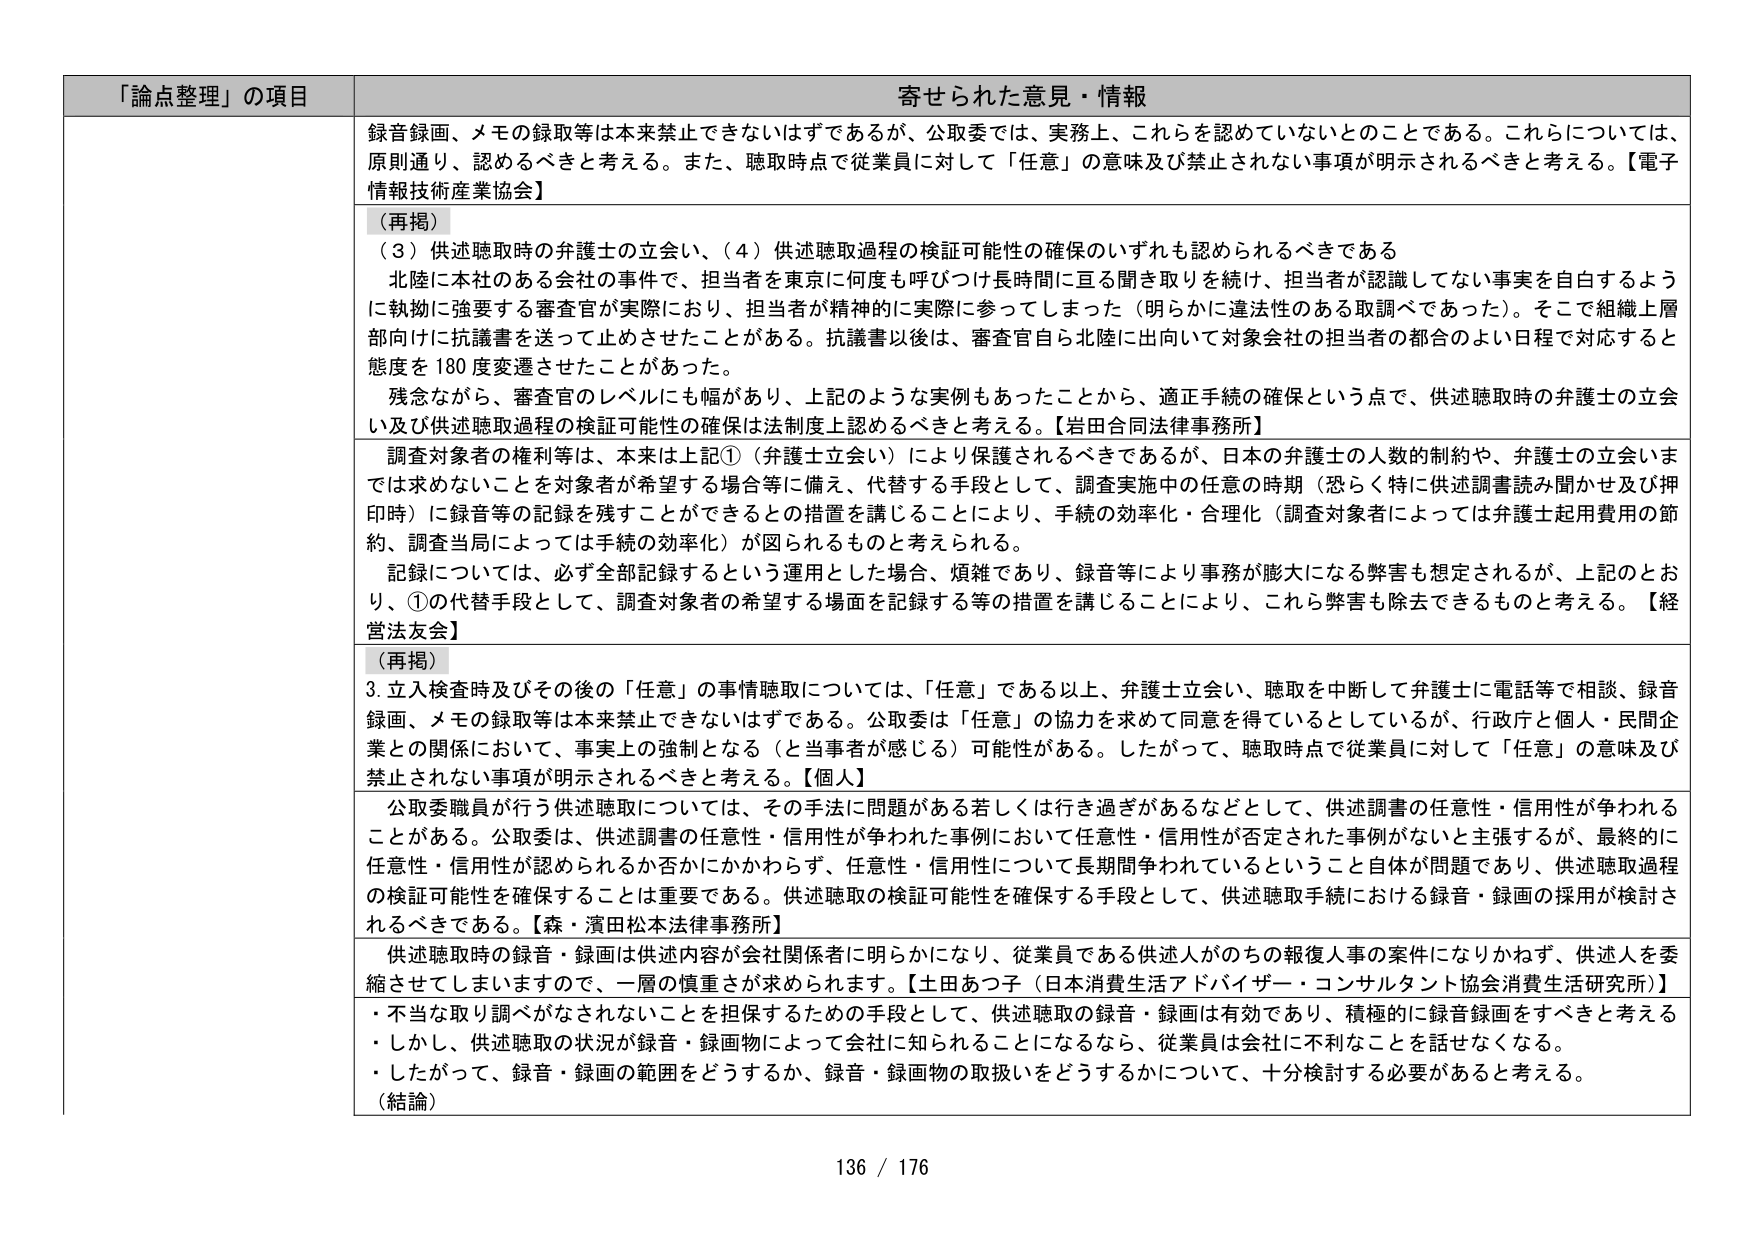
「論点整理」の項目 寄せられた意見・情報
録音録画、メモの録取等は本来禁止できないはずであるが、公取委では、実務上、これらを認めていないとのことである。これらについては、原則通り、認めるべきと考える。また、聴取時点で従業員に対して「任意」の意味及び禁止されない事項が明示されるべきと考える。【電子情報技術産業協会】
（再掲）
（3）供述聴取時の弁護士の立会い、（4）供述聴取過程の検証可能性の確保のいずれも認められるべきである
北陸に本社のある会社の事件で、担当者を東京に何度も呼びつけ長時間に亘る聞き取りを続け、担当者が認識してない事実を自白するように執拗に強要する審査官が実際により、担当者が精神的に実際に参ってしまった（明らかに違法性のある取調べであった）。そこで組織上層部向けに抗議書を送って止めさせたことがある。抗議書以後は、審査官自ら北陸に出向いて対象会社の担当者の都合のよい日程で対応すると態度を180度変遷させたことがあった。
残念ながら、審査官のレベルにも幅があり、上記のような実例もあったことから、適正手続の確保という点で、供述聴取時の弁護士の立会い及び供述聴取過程の検証可能性の確保は法制度上認めるべきと考える。【岩田合同法律事務所】
調査対象者の権利等は、本来は上記①（弁護士立会い）により保護されるべきであるが、日本の弁護士の人数的制約や、弁護士の立会いまでは求めないことを対象者が希望する場合等に備え、代替する手段として、調査実施中の任意の時期（恐らく特に供述調書読み聞かせ及び押印時）に録音等の記録を残すことができるとの措置を講じることにより、手続の効率化・合理化（調査対象者によっては弁護士起用費用の節約、調査当局によっては手続の効率化）が図られるものと考えられる。
記録については、必ず全部記録するという運用とした場合、煩雑であり、録音等により事務が膨大になる弊害も想定されるが、上記のとおり、①の代替手段として、調査対象者の希望する場面を記録する等の措置を講じることにより、これら弊害も除去できるものと考える。【経営法友会】
（再掲）
3. 立入検査時及びその後の「任意」の事情聴取については、「任意」である以上、弁護士立会い、聴取を中断して弁護士に電話等で相談、録音録画、メモの録取等は本来禁止できないはずである。公取委は「任意」の協力を求めて同意を得ているとしているが、行政庁と個人・民間企業との関係において、事実上の強制となる（と当事者が感じる）可能性がある。したがって、聴取時点で従業員に対して「任意」の意味及び禁止されない事項が明示されるべきと考える。【個人】
公取委職員が行う供述聴取については、その手法に問題がある若しくは行き過ぎがあるなどとして、供述調書の任意性・信用性が争われることがある。公取委は、供述調書の任意性・信用性が争われた事例において任意性・信用性が否定された事例がないと主張するが、最終的に任意性・信用性が認められるか否かにかかわらず、任意性・信用性について長期間争われているということ自体が問題であり、供述聴取過程の検証可能性を確保することは重要である。供述聴取の検証可能性を確保する手段として、供述聴取手続における録音・録画の採用が検討されるべきである。【森・濱田松本法律事務所】
供述聴取時の録音・録画は供述内容が会社関係者に明らかになり、従業員である供述人がのちの報復人事の案件になりかねず、供述人を委縮させてしまいそうで、一層の慎重さが求められます。【土田あつ子（日本消費生活アドバイザー・コンサルタント協会消費生活研究所）】
・不当な取り調べがなされないことを担保するための手段として、供述聴取の録音・録画は有効であり、積極的に録音録画をすべきと考える
・しかし、供述聴取の状況が録音・録画物によって会社に知られることになるなら、従業員は会社に不利なことを話せなくなる。
・したがって、録音・録画の範囲をどうするか、録音・録画物の取扱いをどうするかについて、十分検討する必要があると考える。
（結論）
136 / 176